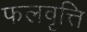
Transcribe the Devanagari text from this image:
फलवृत्ति